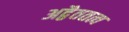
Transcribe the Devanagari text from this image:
अद्वैततत्व